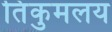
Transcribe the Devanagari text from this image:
तिंकुमलय